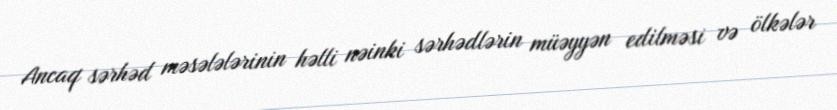
Ancaq sərhəd məsələlərinin həlli nəinki sərhədlərin müəyyən edilməsi və ölkələr